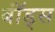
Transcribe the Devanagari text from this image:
बॉंड्स